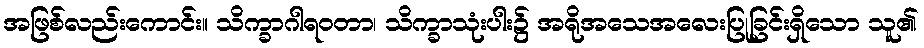
အဖြစ်လည်းကောင်း။ သိက္ခာဂါရဝတာ၊ သိက္ခာသုံးပါး၌ အရိုအသေအလေးပြုခြင်းရှိသော သူ၏